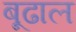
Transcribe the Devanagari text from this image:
बूढाल